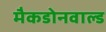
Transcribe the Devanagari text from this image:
मैकडोनवाल्ड